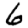
Digit: 6